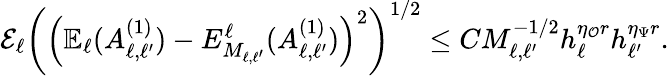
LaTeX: \begin{array}{r}{\mathcal{E}_{\ell}\left(\left(\mathbb{E}_{\ell}(A_{\ell,\ell^{\prime}}^{(1)})-E_{M_{\ell,\ell^{\prime}}}^{\ell}(A_{\ell,\ell^{\prime}}^{(1)})\right)^{2}\right)^{1/2}\le CM_{\ell,\ell^{\prime}}^{-1/2}h_{\ell}^{\eta_{\mathcal{O}}r}h_{\ell^{\prime}}^{\eta_{\Psi}r}.}\end{array}